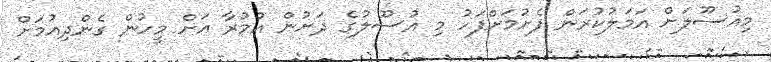
މިއުސޫލަށް އަމަލުކުރަން ފެށުމަށްފަހު މި އުސޫލުގެ ދަށުން އުމުރާ އަށް މީހުން ގެންދިއުމަށް